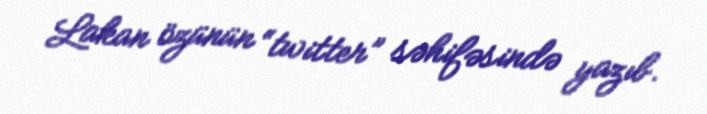
Lakan özünün “twitter” səhifəsində yazıb.